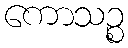
ကောသဉ္စ